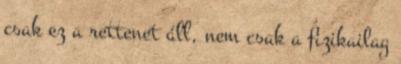
csak ez a rettenet áll, nem csak a fizikailag